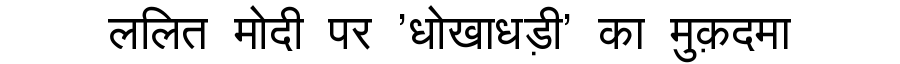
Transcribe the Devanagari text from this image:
ललित मोदी पर 'धोखाधड़ी' का मुक़दमा